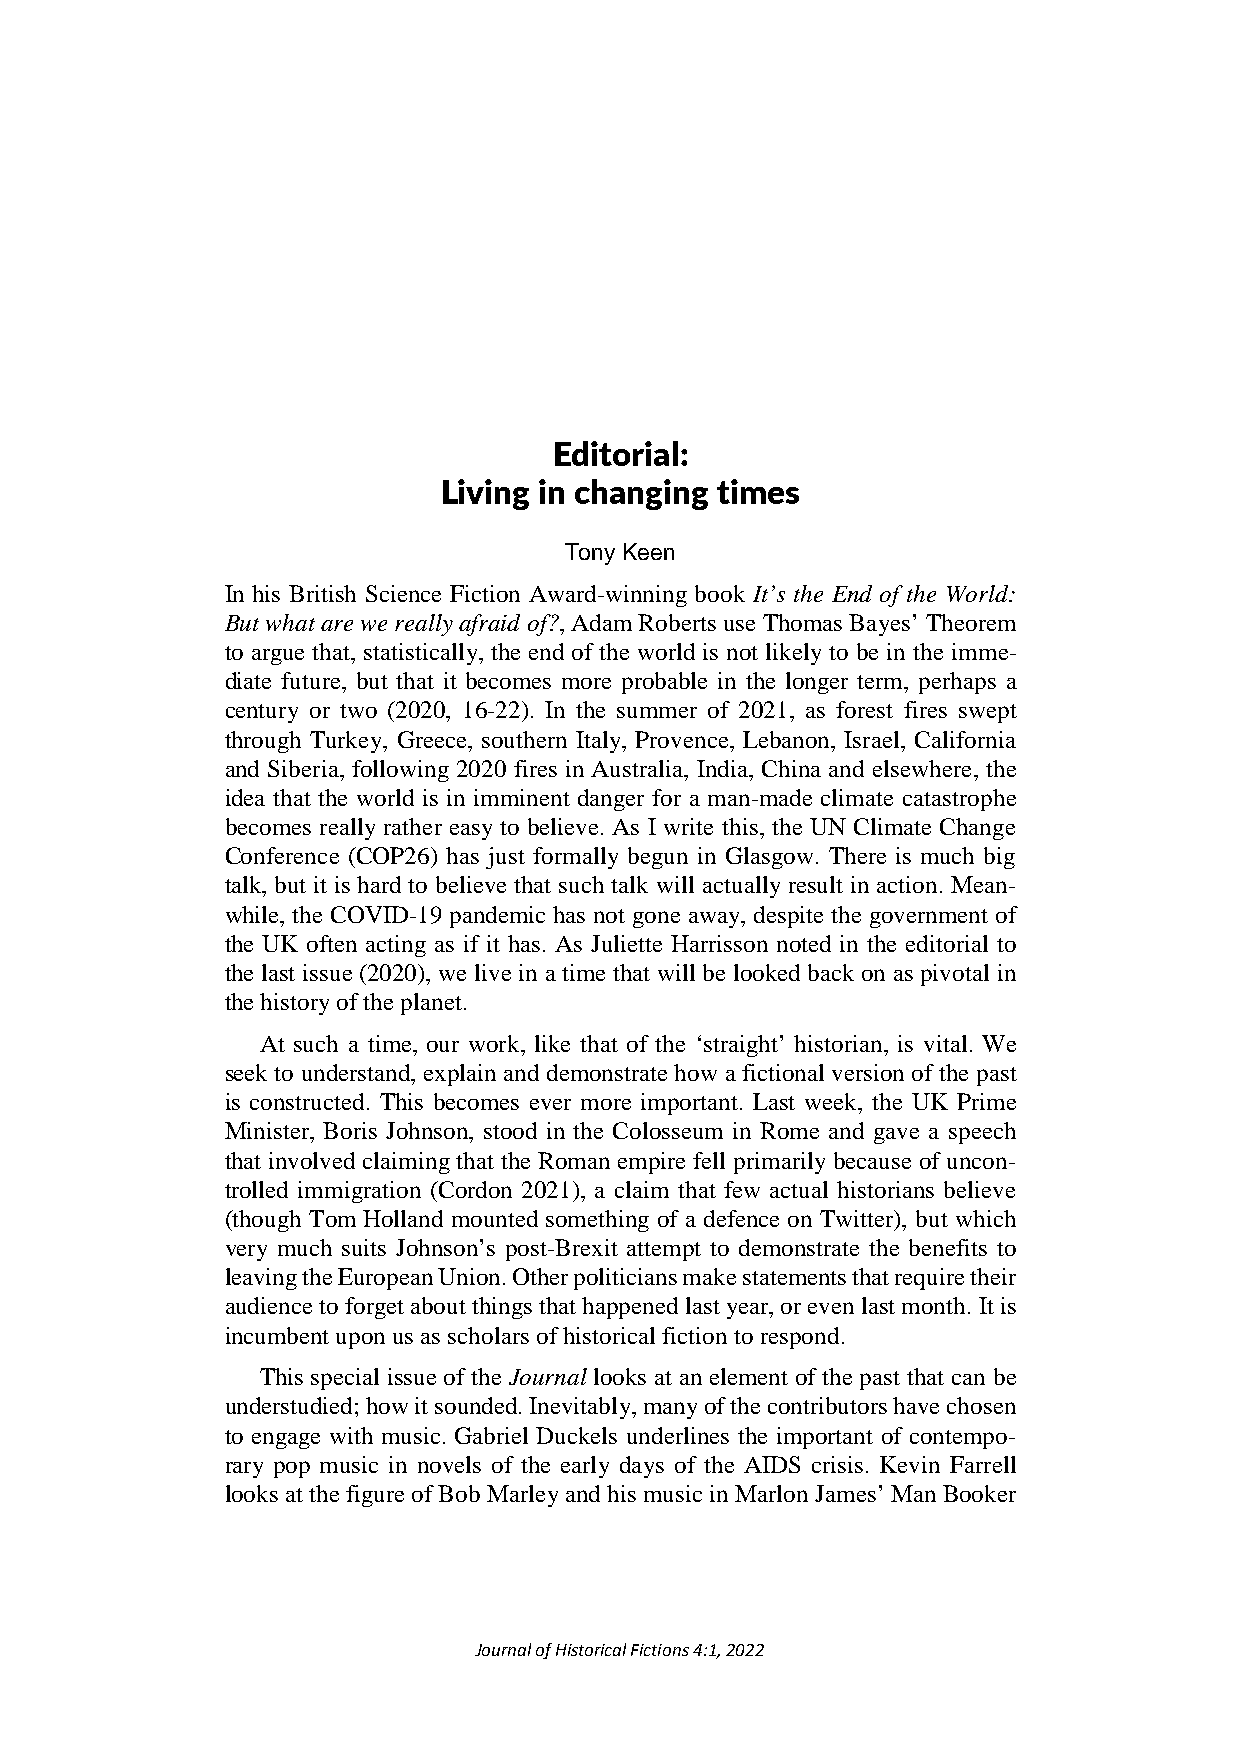
Editorial:
 Living in changing times
 Tony Keen
 In his British Science Fiction Award-winning book It’s the End of the World:
 But what are we really afraid of?, Adam Roberts use Thomas Bayes’ Theorem
 to argue that, statistically, the end of the world is not likely to be in the imme-
 diate future, but that it becomes more probable in the longer term, perhaps a
 century or two (2020, 16-22). In the summer of 2021, as forest fires swept
 through Turkey, Greece, southern Italy, Provence, Lebanon, Israel, California
 and Siberia, following 2020 fires in Australia, India, China and elsewhere, the
 idea that the world is in imminent danger for a man-made climate catastrophe
 becomes really rather easy to believe. As I write this, the UN Climate Change
 Conference (COP26) has just formally begun in Glasgow. There is much big
 talk, but it is hard to believe that such talk will actually result in action. Mean-
 while, the COVID-19 pandemic has not gone away, despite the government of
 the UK often acting as if it has. As Juliette Harrisson noted in the editorial to
 the last issue (2020), we live in a time that will be looked back on as pivotal in
 the history of the planet.
 At such a time, our work, like that of the ‘straight’ historian, is vital. We
 seek to understand, explain and demonstrate how a fictional version of the past
 is constructed. This becomes ever more important. Last week, the UK Prime
 Minister, Boris Johnson, stood in the Colosseum in Rome and gave a speech
 that involved claiming that the Roman empire fell primarily because of uncon-
 trolled immigration (Cordon 2021), a claim that few actual historians believe
 (though Tom Holland mounted something of a defence on Twitter), but which
 very much suits Johnson’s post-Brexit attempt to demonstrate the benefits to
 leaving the European Union. Other politicians make statements that require their
 audience to forget about things that happened last year, or even last month. It is
 incumbent upon us as scholars of historical fiction to respond.
 This special issue of the Journal looks at an element of the past that can be
 understudied; how it sounded. Inevitably, many of the contributors have chosen
 to engage with music. Gabriel Duckels underlines the important of contempo-
 rary pop music in novels of the early days of the AIDS crisis. Kevin Farrell
 looks at the figure of Bob Marley and his music in Marlon James’ Man Booker
 Journal of Historical Fictions 4:1, 2022